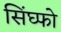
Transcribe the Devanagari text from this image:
सिंघ्फो